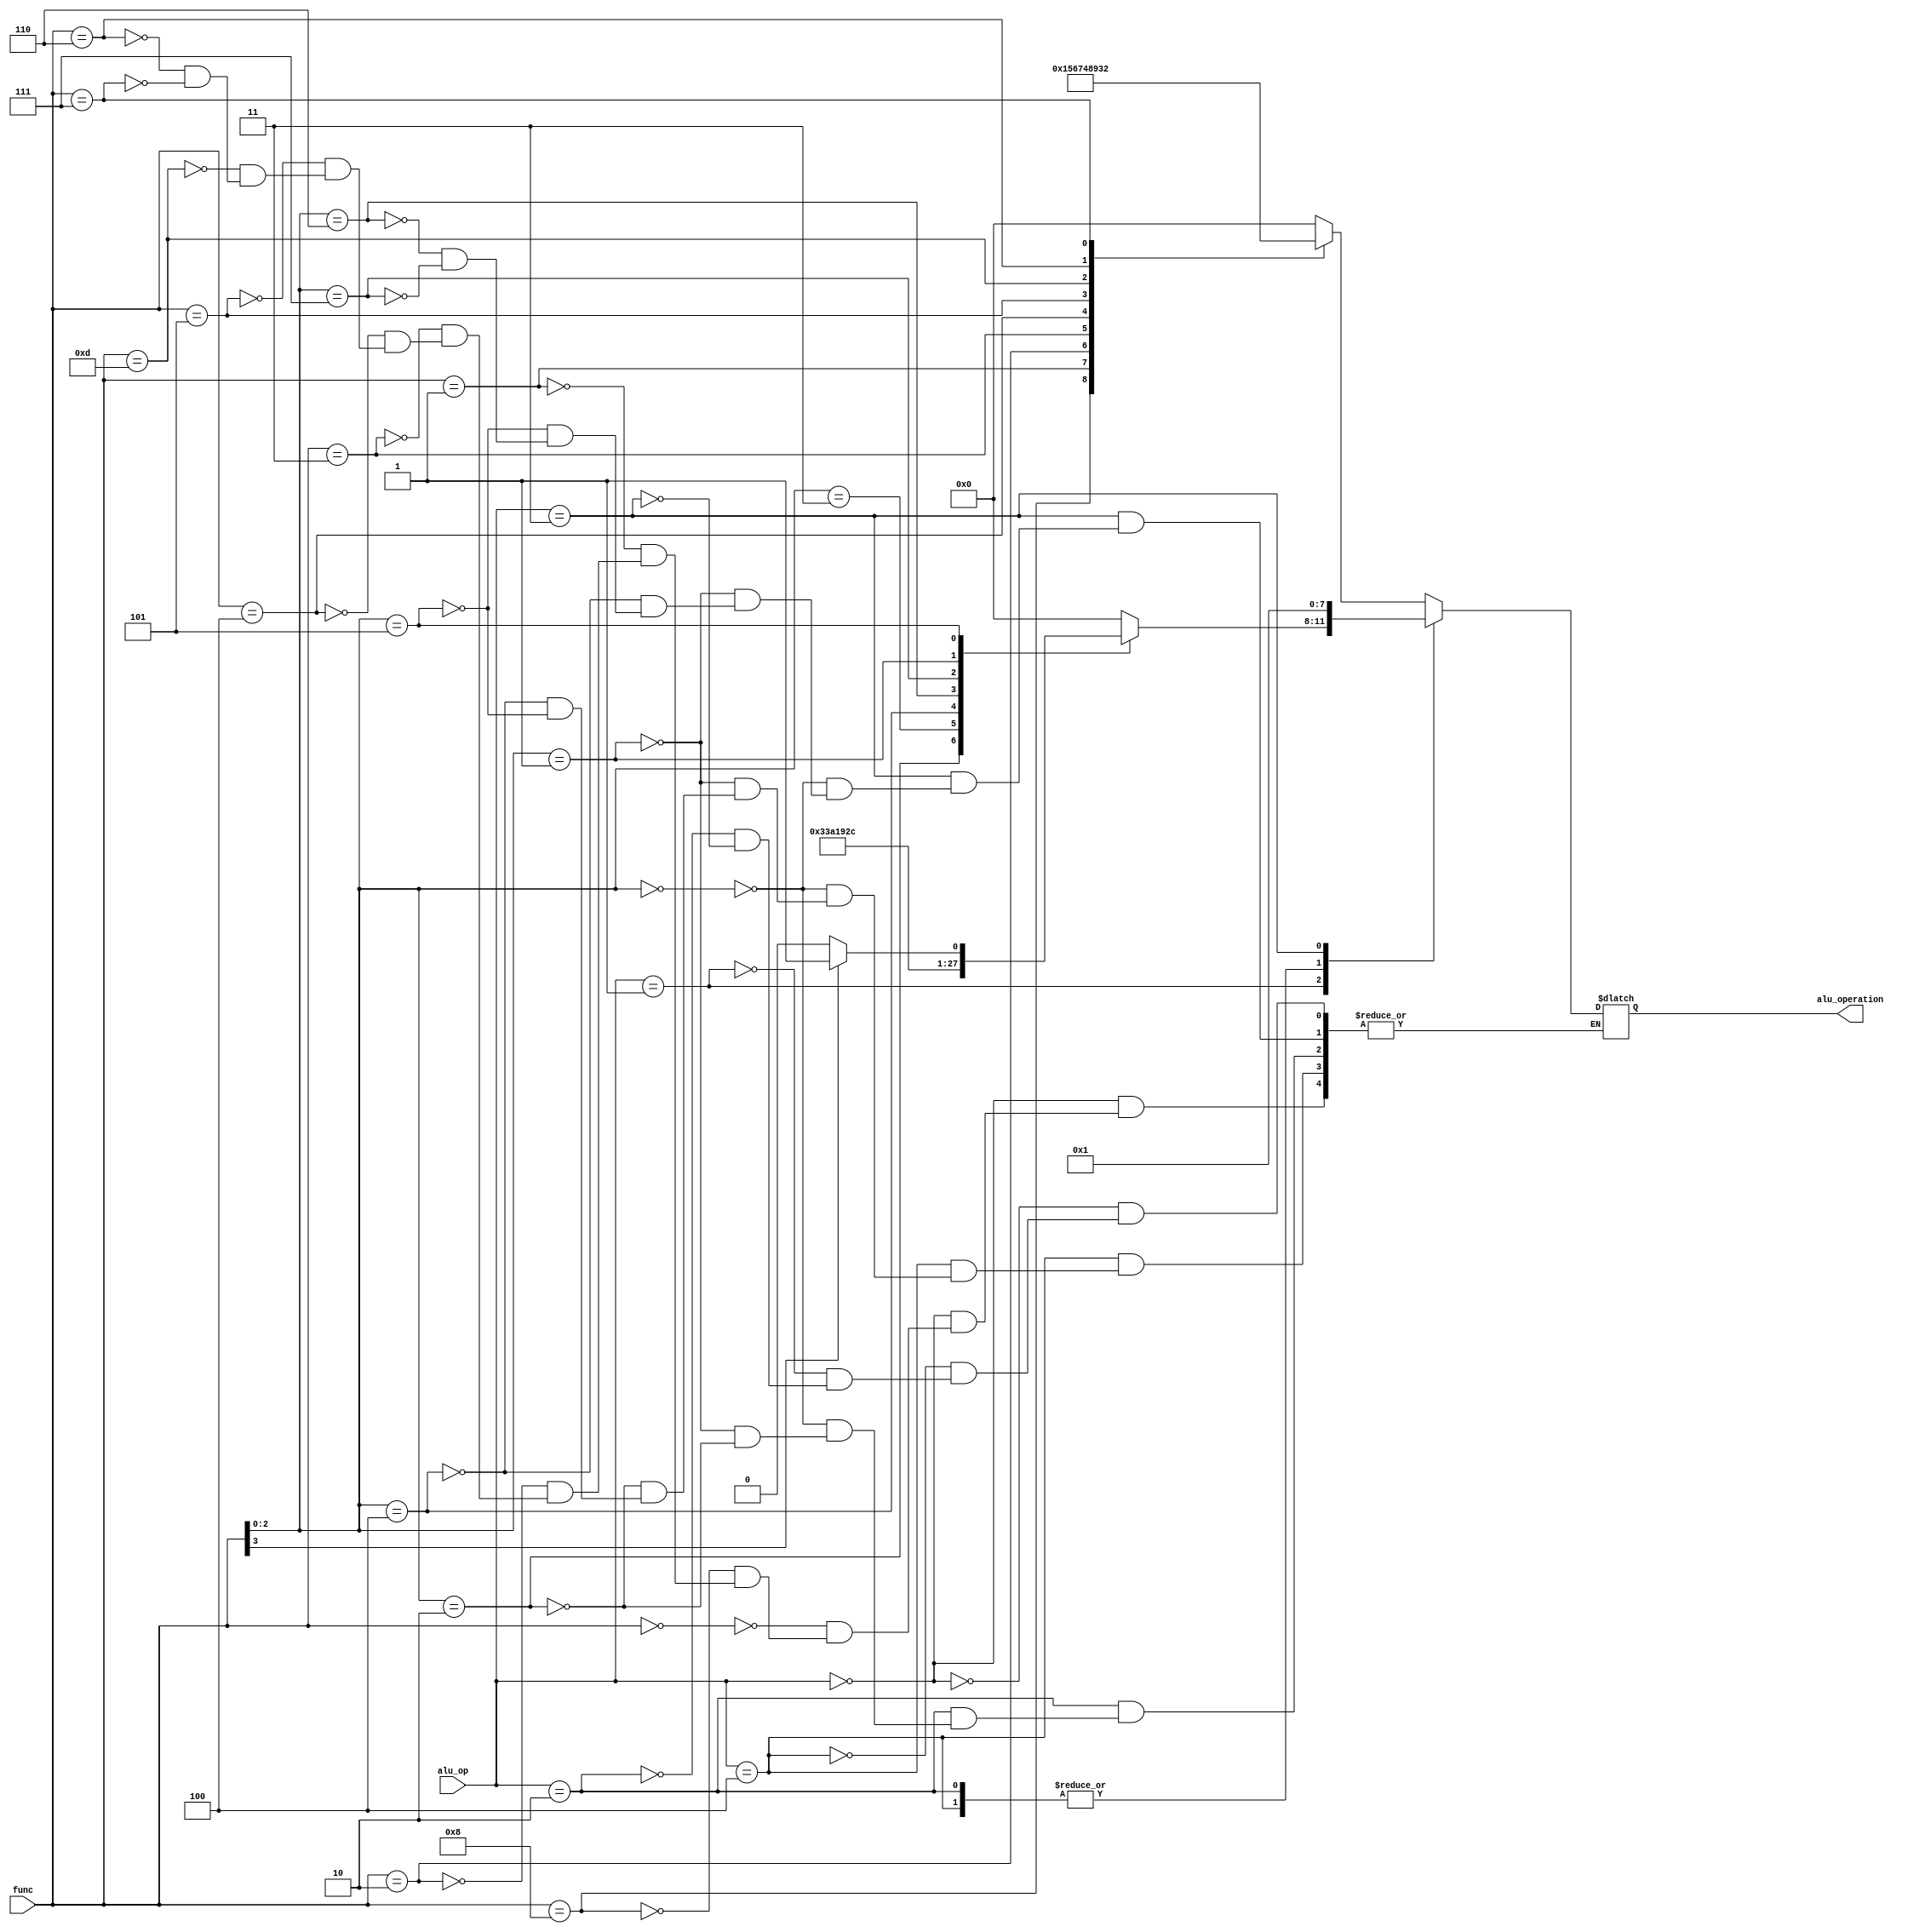
module alu_control(
  input       [2:0] alu_op,
  input       [3:0] func,
  output reg  [3:0] alu_operation
);
  localparam      R_TYPE       = 3'b 000;
  localparam      I_TYPE_L     = 3'b 100;
  localparam      I_TYPE_A     = 3'b 001;
  localparam      S_TYPE       = 3'b 010;
  localparam      SB_TYPE      = 3'b 011;
  always @(*) begin
    case(alu_op)
      R_TYPE: begin
        case(func)
          4'b 0000: begin // add    ADD     rd ? rs1 + rs2, pc ? pc+4
            alu_operation = 4'b 0000;
          end
          4'b 1000: begin // sub    SUB     rd ? rs1 - rs2, pc ? pc+4
            alu_operation = 4'b 0001;
          end
          4'b 0001: begin // sll    Shift Left Logical  rd ? rs1 << (rs2%XLEN), pc ? pc+4
            alu_operation = 4'b 0101;
          end
          4'b 0010: begin // slt   Set Less Than If the signed integer value in rs1 is less than the signed integer value in rs2 then set rd to 1.
            alu_operation = 4'b 0110;
          end
          4'b 0011: begin // sltu Set Less Than Unsigned    rd ? (rs1 < rs2) ? 1 : 0, pc ? pc+4
            alu_operation = 4'b 0111;
          end
          4'b 0100: begin // xor        rd ? rs1 ^ rs2, pc ? pc+4
            alu_operation = 4'b 0100;
          end
          4'b 0101: begin // srl    Shift Right Logical     rd ? rs1 >> (rs2%XLEN), pc ? pc+4
            alu_operation = 4'b 1000;
          end
          4'b 1101: begin // sra    Shift Right Arithmetic  rd ? rs1 >> (rs2%XLEN), pc ? pc+4
            alu_operation = 4'b 1001;
          end
          4'b 0110: begin // or
            alu_operation = 4'b 0011;
          end
          4'b 0111: begin  // and
            alu_operation = 4'b 0010;
          end
        endcase
      end
      I_TYPE_L: begin
        case(func[2:0])
          3'b 000: begin // lb Load Byte    rd ? sx(m8(rs1+imm i)), pc ? pc+4
            alu_operation = 4'b 0000;
          end
          3'b 001: begin // lh Load Halfword rd ? sx(m16(rs1+imm i)), pc ? pc+4
            alu_operation = 4'b 0000;
          end
          3'b 010: begin // lw Load Word  rd ? sx(m32(rs1+imm i)), pc ? pc+4
            alu_operation = 4'b 0000;
          end
          3'b 100: begin // lbu Load Byte Unsigned  rd ? zx(m8(rs1+imm i)), pc ? pc+4
            alu_operation = 4'b 0000;
          end
          3'b 101: begin // lhu Load Halfword Unsigned  rd ? zx(m16(rs1+imm i)), pc ? pc+4
            alu_operation = 4'b 0000;
          end
        endcase
      end

      I_TYPE_A: begin
        case(func[2:0])
          3'b 000: begin // addi    rd ? rs1 + imm i, pc ? pc+4
            alu_operation = 4'b 0000;
          end
          3'b 010: begin // slti    Set Less Than Immediate  rd ? (rs1 < imm i) ? 1 : 0, pc ? pc+4
            alu_operation = 4'b 0110;
          end
          3'b 011: begin // sltiu   Set Less Than Immediate Unsigned rd ? (rs1 < imm i) ? 1 : 0, pc ? pc+4
            alu_operation = 4'b 0111;
          end
          3'b 100: begin // xori                        rd ? rs1 ^ imm i, pc ? pc+4
            alu_operation = 4'b 0100;
          end
          3'b 110: begin // ori                         rd ? rs1 | imm i, pc ? pc+4
            alu_operation = 4'b 0011;
          end
          3'b 111: begin // andi                        rd ? rs1 & imm i, pc ? pc+4
            alu_operation = 4'b 0010;
          end
          3'b 001: begin // slli                        rd ? rs1 << shamt i, pc ? pc+4
            alu_operation = 4'b 0101;
          end
          3'b 101: begin
            if(func[3]) begin // srai  Shift Right Arithmetic Imm  rd ? rs1 >> shamt i, pc ? pc+4
              alu_operation = 4'b 1001;
            end
            else begin        // srli   Shift Right Logical Imm     rd ? rs1 >> shamt i, pc ? pc+4
              alu_operation = 4'b 1000;
            end
          end
        endcase
      end

      S_TYPE: begin
        case(func[2:0])
          3'b 000: begin // sb      Store Byte  m8(rs1+imm s) ? rs2[7:0], pc ? pc+4
            alu_operation = 4'b 0000;
          end
          3'b 001: begin // sh      Store Halfword  m16(rs1+imm s) ? rs2[15:0], pc ? pc+4
            alu_operation = 4'b 0000;
          end
          3'b 010: begin // sw      Store Word      m32(rs1+imm s) ? rs2[31:0], pc ? pc+4
            alu_operation = 4'b 0000;
          end
        endcase
      end

      SB_TYPE: begin
        case(func[2:0])
          3'b 000: begin // beq     Branch Equal    pc ? pc + ((rs1==rs2) ? imm b : 4)
            alu_operation = 4'b 0001;
          end
          3'b 001: begin // bne     Branch Not Equal    pc ? pc + ((rs1!=rs2) ? imm b : 4)
            alu_operation = 4'b 0001;
          end
          3'b 100: begin // blt     Branch Less Than    pc ? pc + ((rs1<rs2) ? imm b : 4)
            alu_operation = 4'b 0001;
          end
          3'b 101: begin // bge     Branch Greater or Equal pc ? pc + ((rs1>=rs2) ? imm b : 4)
            alu_operation = 4'b 0001;
          end
          3'b 110: begin // bltu    Branch Less Than Unsigned   pc ? pc + ((rs1<rs2) ? imm b : 4)
            alu_operation = 4'b 0001;
          end
          3'b 111: begin // bgeu    Branch Greater or Equal Unsigned    pc ? pc + ((rs1>=rs2) ? imm b : 4)
            alu_operation = 4'b 0001;
          end
        endcase
      end
    endcase
  end
endmodule